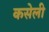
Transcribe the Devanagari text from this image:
कसेली